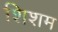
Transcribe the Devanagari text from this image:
शिशम